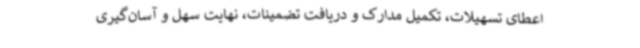
اعطای تسهیلات، تکمیل مدارک و دریافت تضمینات، نهایت سهل و آسان‌گیری